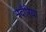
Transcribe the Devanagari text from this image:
मदौरिया